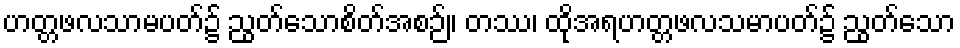
ဟတ္တဖလသာမပတ်၌ ညွတ်သောစိတ်အစဉ်။ တဿ၊ ထိုအရဟတ္တဖလသမာပတ်၌ ညွတ်သော